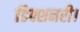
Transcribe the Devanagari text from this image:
डिक्शनरी।